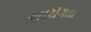
આરોગતા